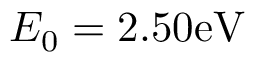
E _ { 0 } = 2 . 5 0 \mathrm { e V }